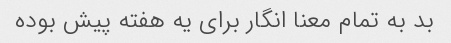
بد به تمام معنا انگار برای یه هفته پیش بوده